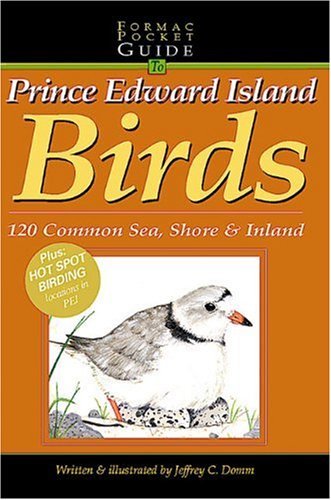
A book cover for Formac Pocketguide to Prince Edward Island Birds: 130 Inland and Shore Birds; Jeffrey C. Domm; Travel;